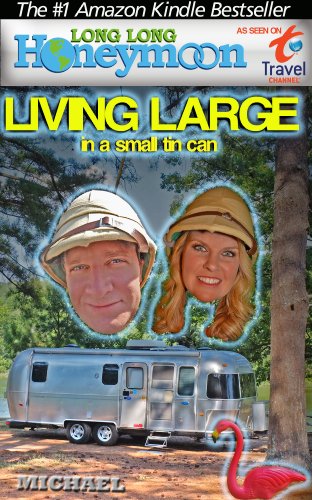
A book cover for Long Long Honeymoon - Living Large in a Small Tin Can: Advice for Airstream / RV Travelers; C.S. Michael; Crafts, Hobbies & Home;